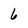
Character: 6